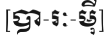
[បា-រៈ-ម៉ី]